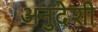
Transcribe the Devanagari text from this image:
अनुदेशी